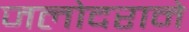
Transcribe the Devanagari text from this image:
जलोदराने